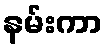
နမ်းကာ